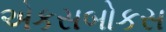
એકસબોકસ